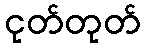
ငုတ်တုတ်